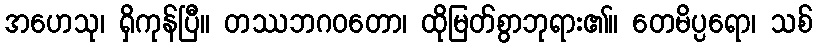
အဟေသု၊ ရှိကုန်ပြီ။ တဿဘဂဝတော၊ ထိုမြတ်စွာဘုရား၏။ တေမိပ္ပရော၊ သစ်